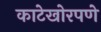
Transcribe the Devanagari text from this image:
काटेखोरपणे